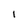
Character: l